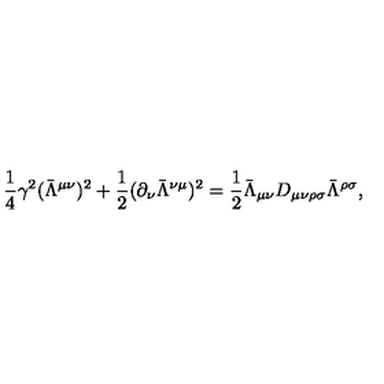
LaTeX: \frac { 1 } { 4 } \gamma ^ { 2 } ( \bar { \Lambda } ^ { \mu \nu } ) ^ { 2 } + \frac { 1 } { 2 } ( \partial _ { \nu } \bar { \Lambda } ^ { \nu \mu } ) ^ { 2 } = \frac { 1 } { 2 } \bar { \Lambda } _ { \mu \nu } D _ { \mu \nu \rho \sigma } \bar { \Lambda } ^ { \rho \sigma } ,